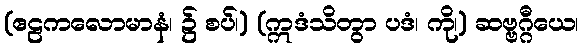
(ဧဠကလောမာနံ၊ ၌ စပ်၊) (ဣဒံသိတွာ ပဒံ၊ ကို၊) ဆဗ္ဗဂ္ဂီယေ၊